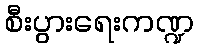
စီးပွားရေးကဏ္ဍ